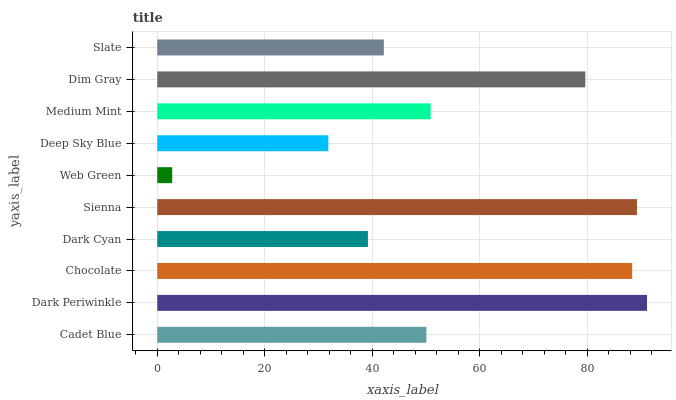
| yaxis_label | bars |
 | --- | --- |
 | Cadet Blue | 50.1 |
 | Dark Periwinkle | 91.1 |
 | Chocolate | 88.4 |
 | Dark Cyan | 39.2 |
 | Sienna | 89.2 |
 | Web Green | 2.78 |
 | Deep Sky Blue | 31.8 |
 | Medium Mint | 50.9 |
 | Dim Gray | 79.6 |
 | Slate | 42.2 |